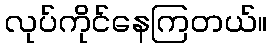
လုပ်ကိုင်နေကြတယ်။